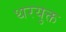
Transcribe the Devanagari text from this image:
थरयुक्त